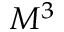
M ^ { 3 }